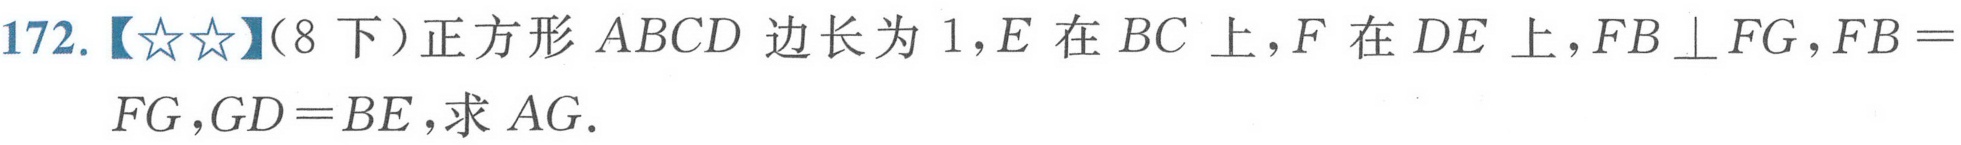
172.【\(☆☆\)】（8下）正方形\(ABCD\)边长为\(1\)，\(E\)在\(BC\)上，\(F\)在\(DE\)上，\(FB\perp FG\)，\(FB = FG\)，\(GD = BE\)，求\(AG\).